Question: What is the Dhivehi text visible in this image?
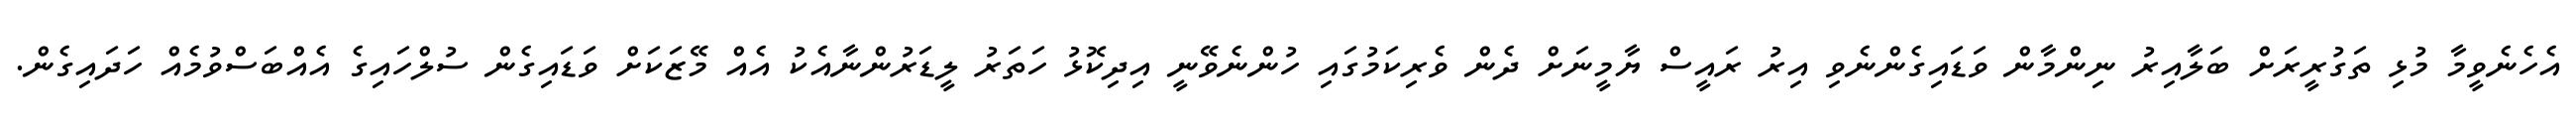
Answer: އެހެނެވީމާ މުޅި ތަގުރީރަށް ބަލާއިރު ނިންމާން ވަޑައިގެންނެވި އިރު ރައީސް ޔާމީނަށް ދެން ވެރިކަމުގައި ހުންނެވޭނީ އިދިކޮޅު ހަތަރު ލީޑަރުންނާއެކު އެއް މޭޒަކަށް ވަޑައިގެން ސުލްހައިގެ އެއްބަސްވުމެއް ހަދައިގެން.